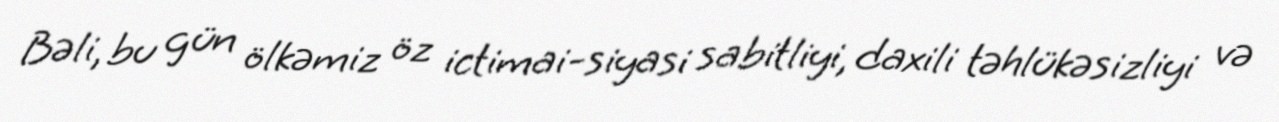
Bəli, bu gün ölkəmiz öz ictimai-siyasi sabitliyi, daxili təhlükəsizliyi və